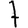
Digit: 7